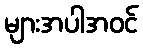
များအပါအဝင်